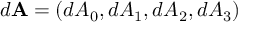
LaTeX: d \mathbf { A } = ( d A _ { 0 } , d A _ { 1 } , d A _ { 2 } , d A _ { 3 } )